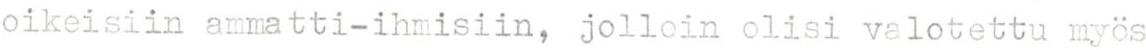
oikeisiin ammatti-ihmisiin, jolloin olisi valotettu myös